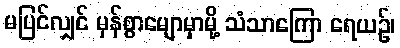
မပြင်လျှင် မှန်စွာမျောမှာမို့ သံသာကြော ရေယဉ်၊